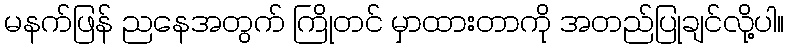
မနက်ဖြန် ညနေအတွက် ကြိုတင် မှာထားတာကို အတည်ပြုချင်လို့ပါ။